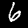
Label: 6